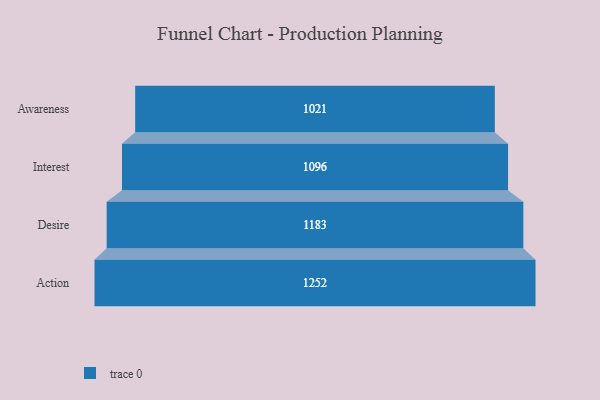
{"axis": {"x": "Stage", "y": "Value"}, "legend": [""], "data": [{"x": "Awareness", "y": 1021.0, "type": ""}, {"x": "Interest", "y": 1096.0, "type": ""}, {"x": "Desire", "y": 1183.0, "type": ""}, {"x": "Action", "y": 1252.0, "type": ""}]}